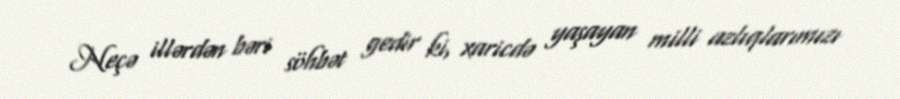
Neçə illərdən bəri söhbət gedir ki, xaricdə yaşayan milli azlıqlarımızı